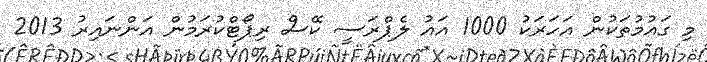
މި ގައުމުތަކުން އަހަރަކު 1000 އައު ލެޕްރަސީ ކޭސް ރިޕޯޓްކުރަމުން އަންނައިރު 2013